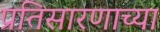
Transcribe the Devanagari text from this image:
प्रतिसारणाच्या